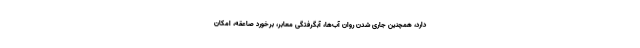
دارد، همچنین جاری شدن روان آب‌ها، آبگرفتگی معابر، برخورد صاعقه، امکان